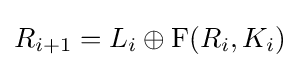
R_{i+1}=L_{i}\oplus {\rm {F}}(R_{i},K_{i})